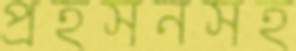
প্রহসনসহ